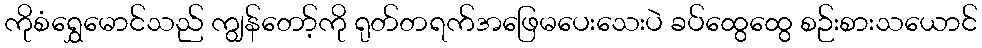
ကိုစံရွှေမောင်သည် ကျွန်တော့်ကို ရုတ်တရက်အဖြေမပေးသေးပဲ ခပ်ထွေထွေ စဉ်းစားသယောင်